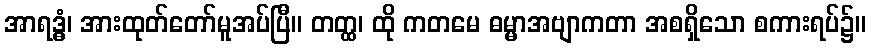
အာရဒ္ဓံ၊ အားထုတ်တော်မူအပ်ပြီ။ တတ္ထ၊ ထို ကတမေ ဓမ္မာအဗျာကတာ အစရှိသော စကားရပ်၌။